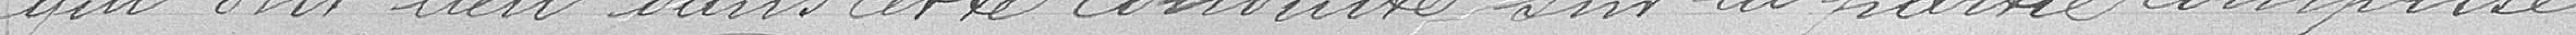
qui ont lieu dans cette conduite sur la partie comprise